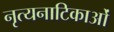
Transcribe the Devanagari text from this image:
नृत्यनाटिकाओं